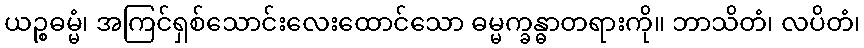
ယဉ္စဓမ္မံ၊ အကြင်ရှစ်သောင်းလေးထောင်သော ဓမ္မက္ခန္ဓာတရားကို။ ဘာသိတံ၊ လပိတံ၊